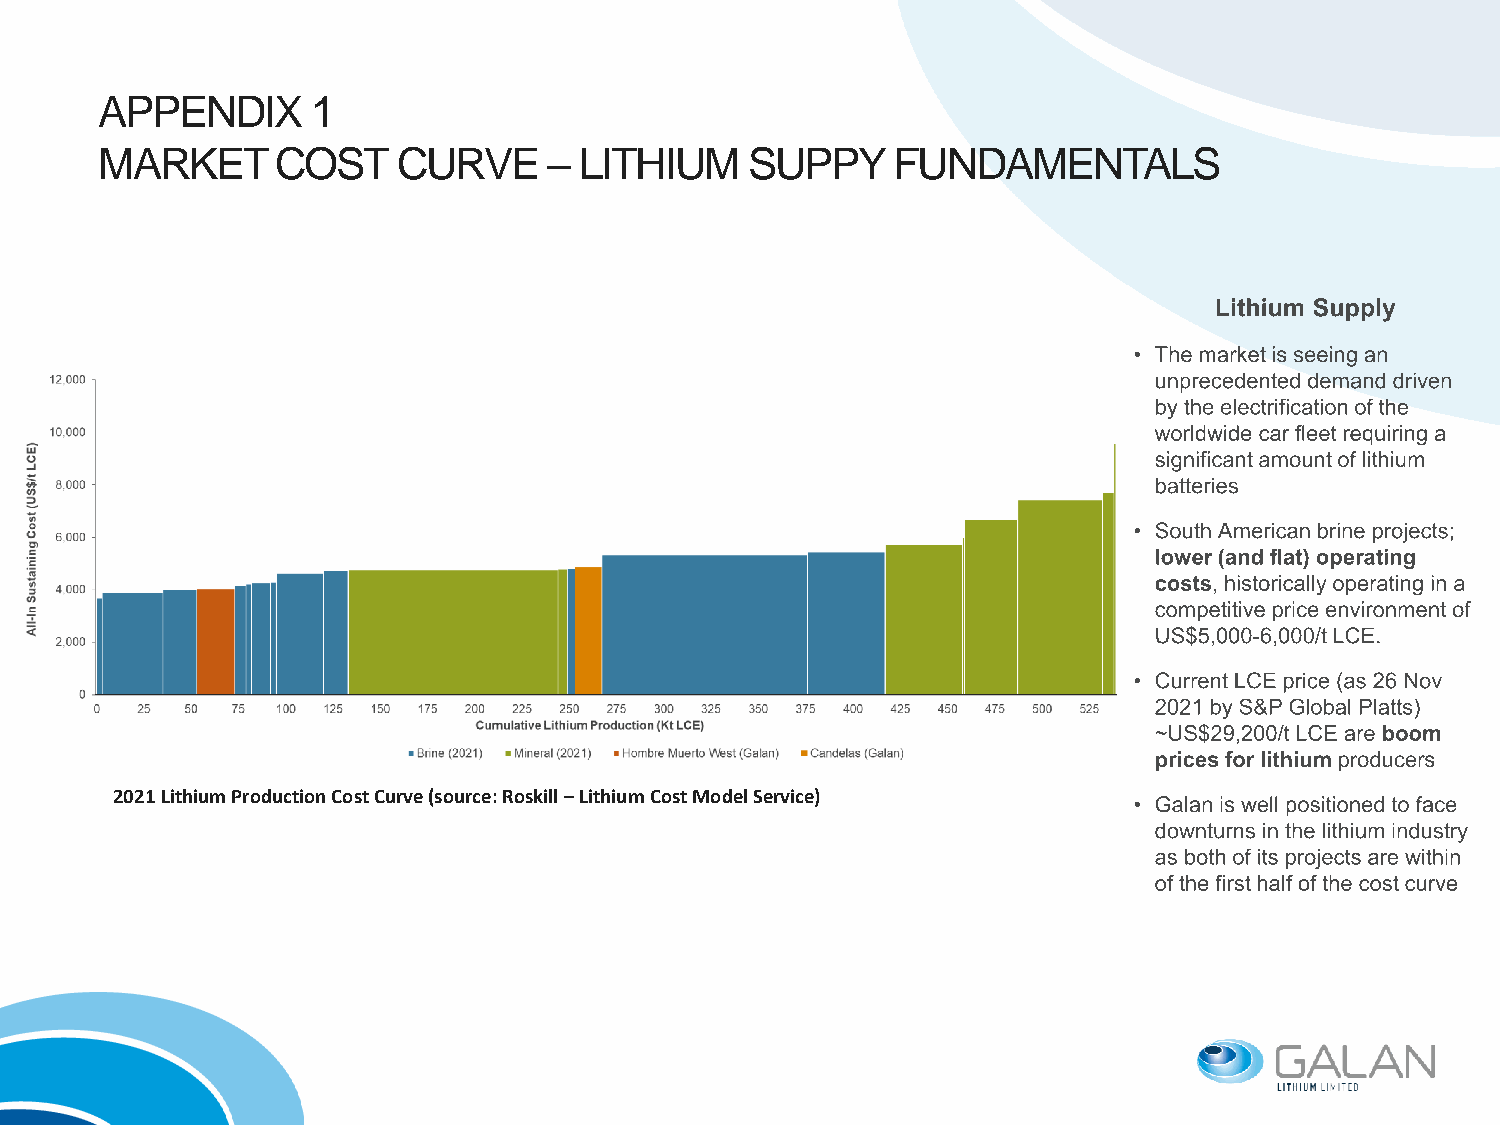
APPENDIX      1
 MARKET     COST    CURVE     – LITHIUM    SUPPY     FUNDAMENTALS
 2021 Lithium Production Cost Curve (source: Roskill –Lithium Cost Model Service)